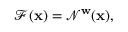
\mathcal { F } ( \mathbf { x } ) = \mathcal { N } ^ { \mathbf { w } } ( \mathbf { x } ) ,